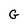
Character: G